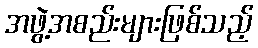
အဖွဲ့အစည်းများဖြစ်သည့်